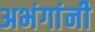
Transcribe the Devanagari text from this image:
अभंगांनी